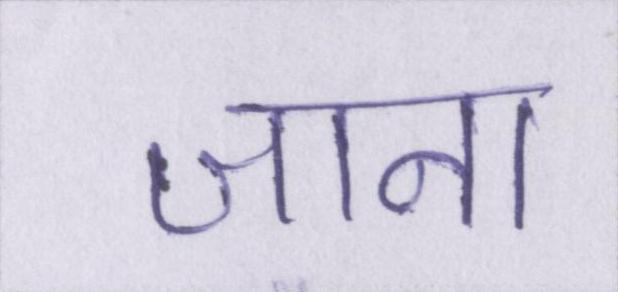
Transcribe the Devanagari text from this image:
जाना